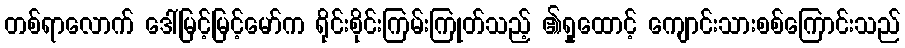
တစ်ရာလောက် ဒေါ်မြင့်မြင့်မော်က ရိုင်းစိုင်းကြမ်းကြုတ်သည့် ၏ရှုထောင့် ကျောင်းသားစစ်ကြောင်းသည်